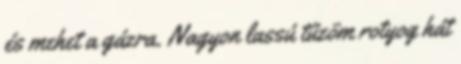
és mehet a gázra. Nagyon lassú tűzöm rotyog hát